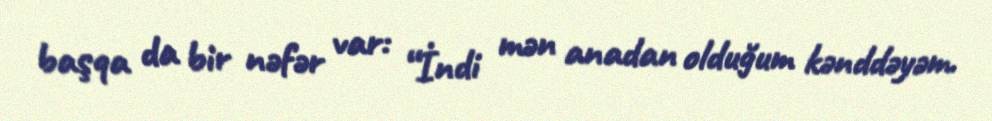
başqa da bir nəfər var: “İndi mən anadan olduğum kənddəyəm.